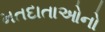
મતદાતાઓનો